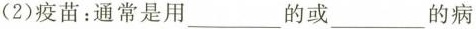
(2)疫苗：通常是用_____的或_____的病